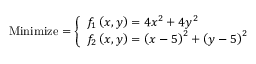
{ \mathrm { M i n i m i z e } } = { \left\{ \begin{array} { l l } { f _ { 1 } \left( x , y \right) = 4 x ^ { 2 } + 4 y ^ { 2 } } \\ { f _ { 2 } \left( x , y \right) = \left( x - 5 \right) ^ { 2 } + \left( y - 5 \right) ^ { 2 } } \end{array} \right. }